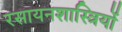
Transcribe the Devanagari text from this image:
रसायनशास्त्रियों